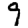
Digit: 9